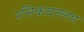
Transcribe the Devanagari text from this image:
रसिकवल्लभ